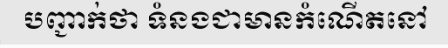
បញ្ជាក់ថា ទំនងជាមានកំណើតនៅ